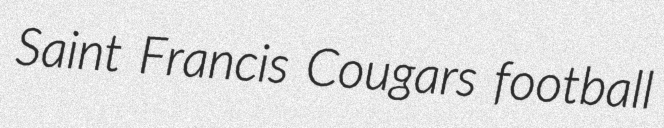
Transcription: Saint Francis Cougars football